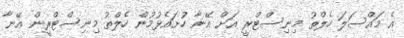
އެ މައްސަލަ ހެލްތު މިނިސްޓްރީ އަށް އޭނާ ހުށައެޅުމުން ހެލްތު މިނިސްޓްރީން އޭނާ